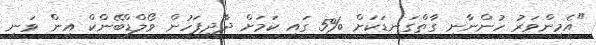
"އެމިންވަރު ހުންނާނީ ގާތްގަނޑަކަށް %5 ގައި ކަމަށް ދާދިފަހުން ވޯލްޑްބޭންކް އިން ވަނީ